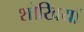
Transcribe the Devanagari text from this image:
शोखियाँ